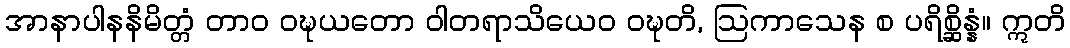
အာနာပါနနိမိတ္တံ တာဝ ဝဍ္ဎယတော ဝါတရာသိယေဝ ဝဍ္ဎတိ, ဩကာသေန စ ပရိစ္ဆိန္နံ။ ဣတိ